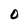
Character: 0